On the morphology, teratology, and diclinism of the flowers of cannabis - Number 12
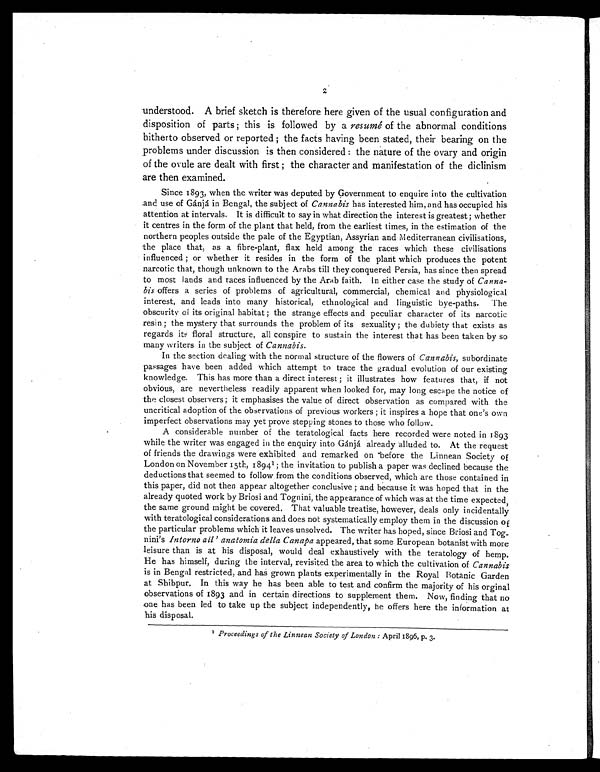
2
understood. A brief sketch is therefore here given of the usual configuration and
disposition of parts ; this is followed by a resumé of the abnormal conditions
hitherto observed or reported ; the facts having been stated, their bearing on the
problems under discussion is then considered : the nature of the ovary and origin
of the ovule are dealt with first ; the character and manifestation of the diclinism
are then examined.
Since 1893, when the writer was deputed by Government to enquire into the cultivation
and use of Gánjá in Bengal, the subject of Cannabis has interested him, and has occupied his
attention at intervals. It is difficult to say in what direction the interest is greatest ; whether
it centres in the form of the plant that held, from the earliest times, in the estimation of the
northern peoples outside the pale of the Egyptian, Assyrian and Mediterranean civilisations,
the place that, as a fibre-plant, flax held among the races which these civilisations
influenced ; or whether it resides in the form of the plant which produces the potent
narcotic that, though unknown to the Arabs till they conquered Persia, has since then spread
to most lands and races influenced by the Arab faith. In either case the study of Canna-
bis offers a series of problems of agricultural, commercial, chemical and physiological
interest, and leads into many historical, ethnological and linguistic bye-paths. The
obscurity of its original habitat ; the strange effects and peculiar character of its narcotic
resin ; the mystery that surrounds the problem of its sexuality ; the dubiety that exists as
regards its floral structure, all conspire to sustain the interest that has been taken by so
many writers in the subject of Cannabis .
In the section dealing with the normal structure of the flowers of Cannabis , subordinate
passages have been added which attempt to trace the gradual evolution of our existing
knowledge. This has more than a direct interest ; it illustrates how features that, if not
obvious, are nevertheless readily apparent when looked for, may long escape the notice of
the closest observers ; it emphasises the value of direct observation as compared with the
uncritical adoption of the observations of previous workers ; it inspires a hope that one's own
imperfect observations may yet prove stepping stones to those who follow.
A considerable number of the teratological facts here recorded were noted in 1893
while the writer was engaged in the enquiry into Gánjá already alluded to. At the request
of friends the drawings were exhibited and remarked on before the Linnean Society of
London on November 15th, 1894 1 ; the invitation to publish a paper was declined because the
deductions that seemed to follow from the conditions observed, which are those contained in
this paper, did not then appear altogether conclusive ; and because it was hoped that in the
already quoted work by Briosi and Tognini, the appearance of which was at the time expected,
the same ground might be covered. That valuable treatise, however, deals only incidentally
with teratological considerations and does not systematically employ them in the discussion o f
the particular problems which it leaves unsolved. The writer has hoped, since Briosi and Tog
-
nini's Intorno all' anatomia della Canapa appeared, that some European botanist with more
leisure than is at his disposal, would deal exhaustively with the teratology of hemp.
He has himself, during the interval, revisited the area to which the cultivation of Cannabis
is in Bengal restricted, and has grown plants experimentally in the Royal Botanic Garden
at Shibpur. In this way he has been able to test and confirm the majority of his orginal
observations of 1893 and in certain directions to supplement them. Now, finding that no
one has been led to take up the subject independently, he offers here the information at
his disposal.
1 Proceedings of the Linnean Society of London : April 1896, p. 3.